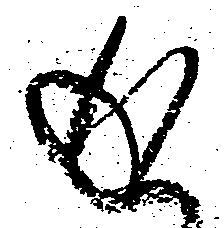
返